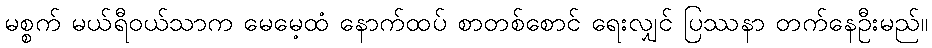
မစ္စက် မယ်ရီဝယ်သာက မေမေ့ထံ နောက်ထပ် စာတစ်စောင် ရေးလျှင် ပြဿနာ တက်နေဦးမည်။